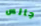
جالس